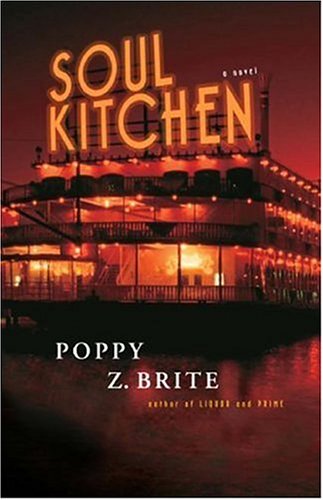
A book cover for Soul Kitchen: A Novel; Poppy Z. Brite; Literature & Fiction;